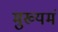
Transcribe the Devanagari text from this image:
मुख्यमं